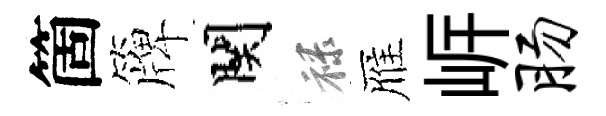
箇簰関禄雁㟁肠